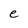
Character: e